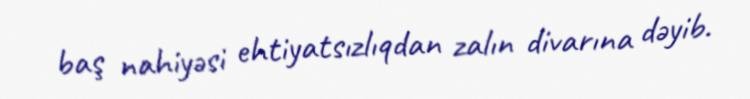
baş nahiyəsi ehtiyatsızlıqdan zalın divarına dəyib.